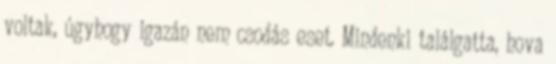
voltak, úgyhogy igazán nem csodás eset. Mindenki találgatta, hova